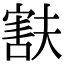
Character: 㝬